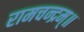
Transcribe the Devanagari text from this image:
रामचन्द्रम्॥